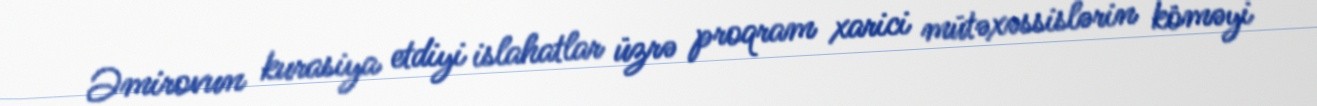
Əmirovun kurasiya etdiyi islahatlar üzrə proqram xarici mütəxəssislərin köməyi